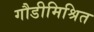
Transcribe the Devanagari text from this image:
गौडीमिश्रित